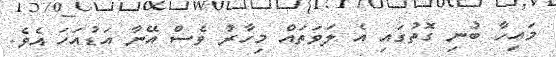
މައިހާ ބުނި ގޮތުގައި އެ ލަވަތައް މިހާރު ވެސް އޭނާ އަޑުއަހަ އެވެ.